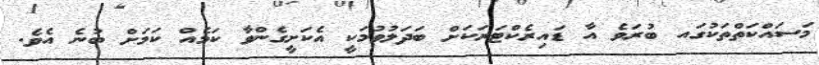
މަސައްކަތްތަކުގައ ބުރަވެ އާ ޑައިރެކްޓަރަކަށް ބަދަލުވުމަކީ އެކަށީގެންވާ ކަމެއް ކަމަށް ބުނެ އެވެ.